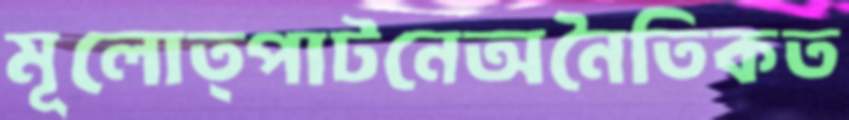
মূলোত্পাটনেঅনৈতিকত